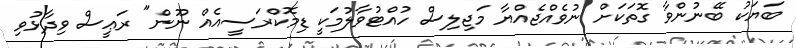
ބަޔަކު ބޭނުންވާ ގޮތަކަށް ނުވެއްޖެއްޔާ މަޖިލިސް ހުއްޓުވާލުމަކީ ޑިމޮކްރަސީއެއް ނޫން" ރަޢީސް ވިދާޅުވި